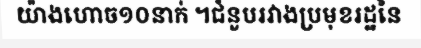
យ៉ាងហោច១០នាក់ ។ជំនួបរវាងប្រមុខរដ្ឋនៃ